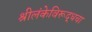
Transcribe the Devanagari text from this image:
श्रीलंकेविरूद्धचा